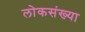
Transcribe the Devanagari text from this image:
लोकसंख्‍या